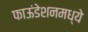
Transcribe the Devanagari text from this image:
फाऊंडेशनमध्ये